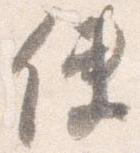
使